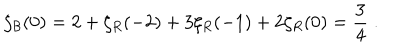
LaTeX: \zeta _ { \cal B } ( 0 ) = 2 + \zeta _ { R } ( - 2 ) + 3 \zeta _ { R } ( - 1 ) + 2 \zeta _ { R } ( 0 ) = { \frac { 3 } { 4 } } \; .